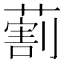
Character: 𦺧